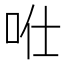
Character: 𠱊